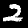
Digit: 2